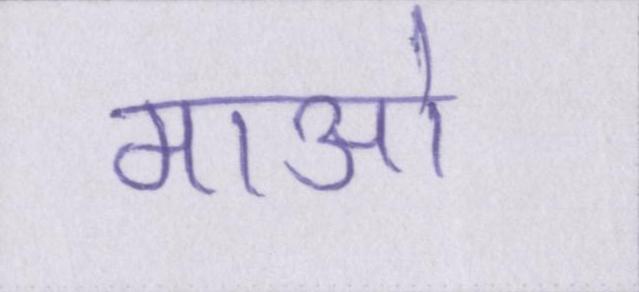
माओ